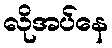
လိုအပ်နေ